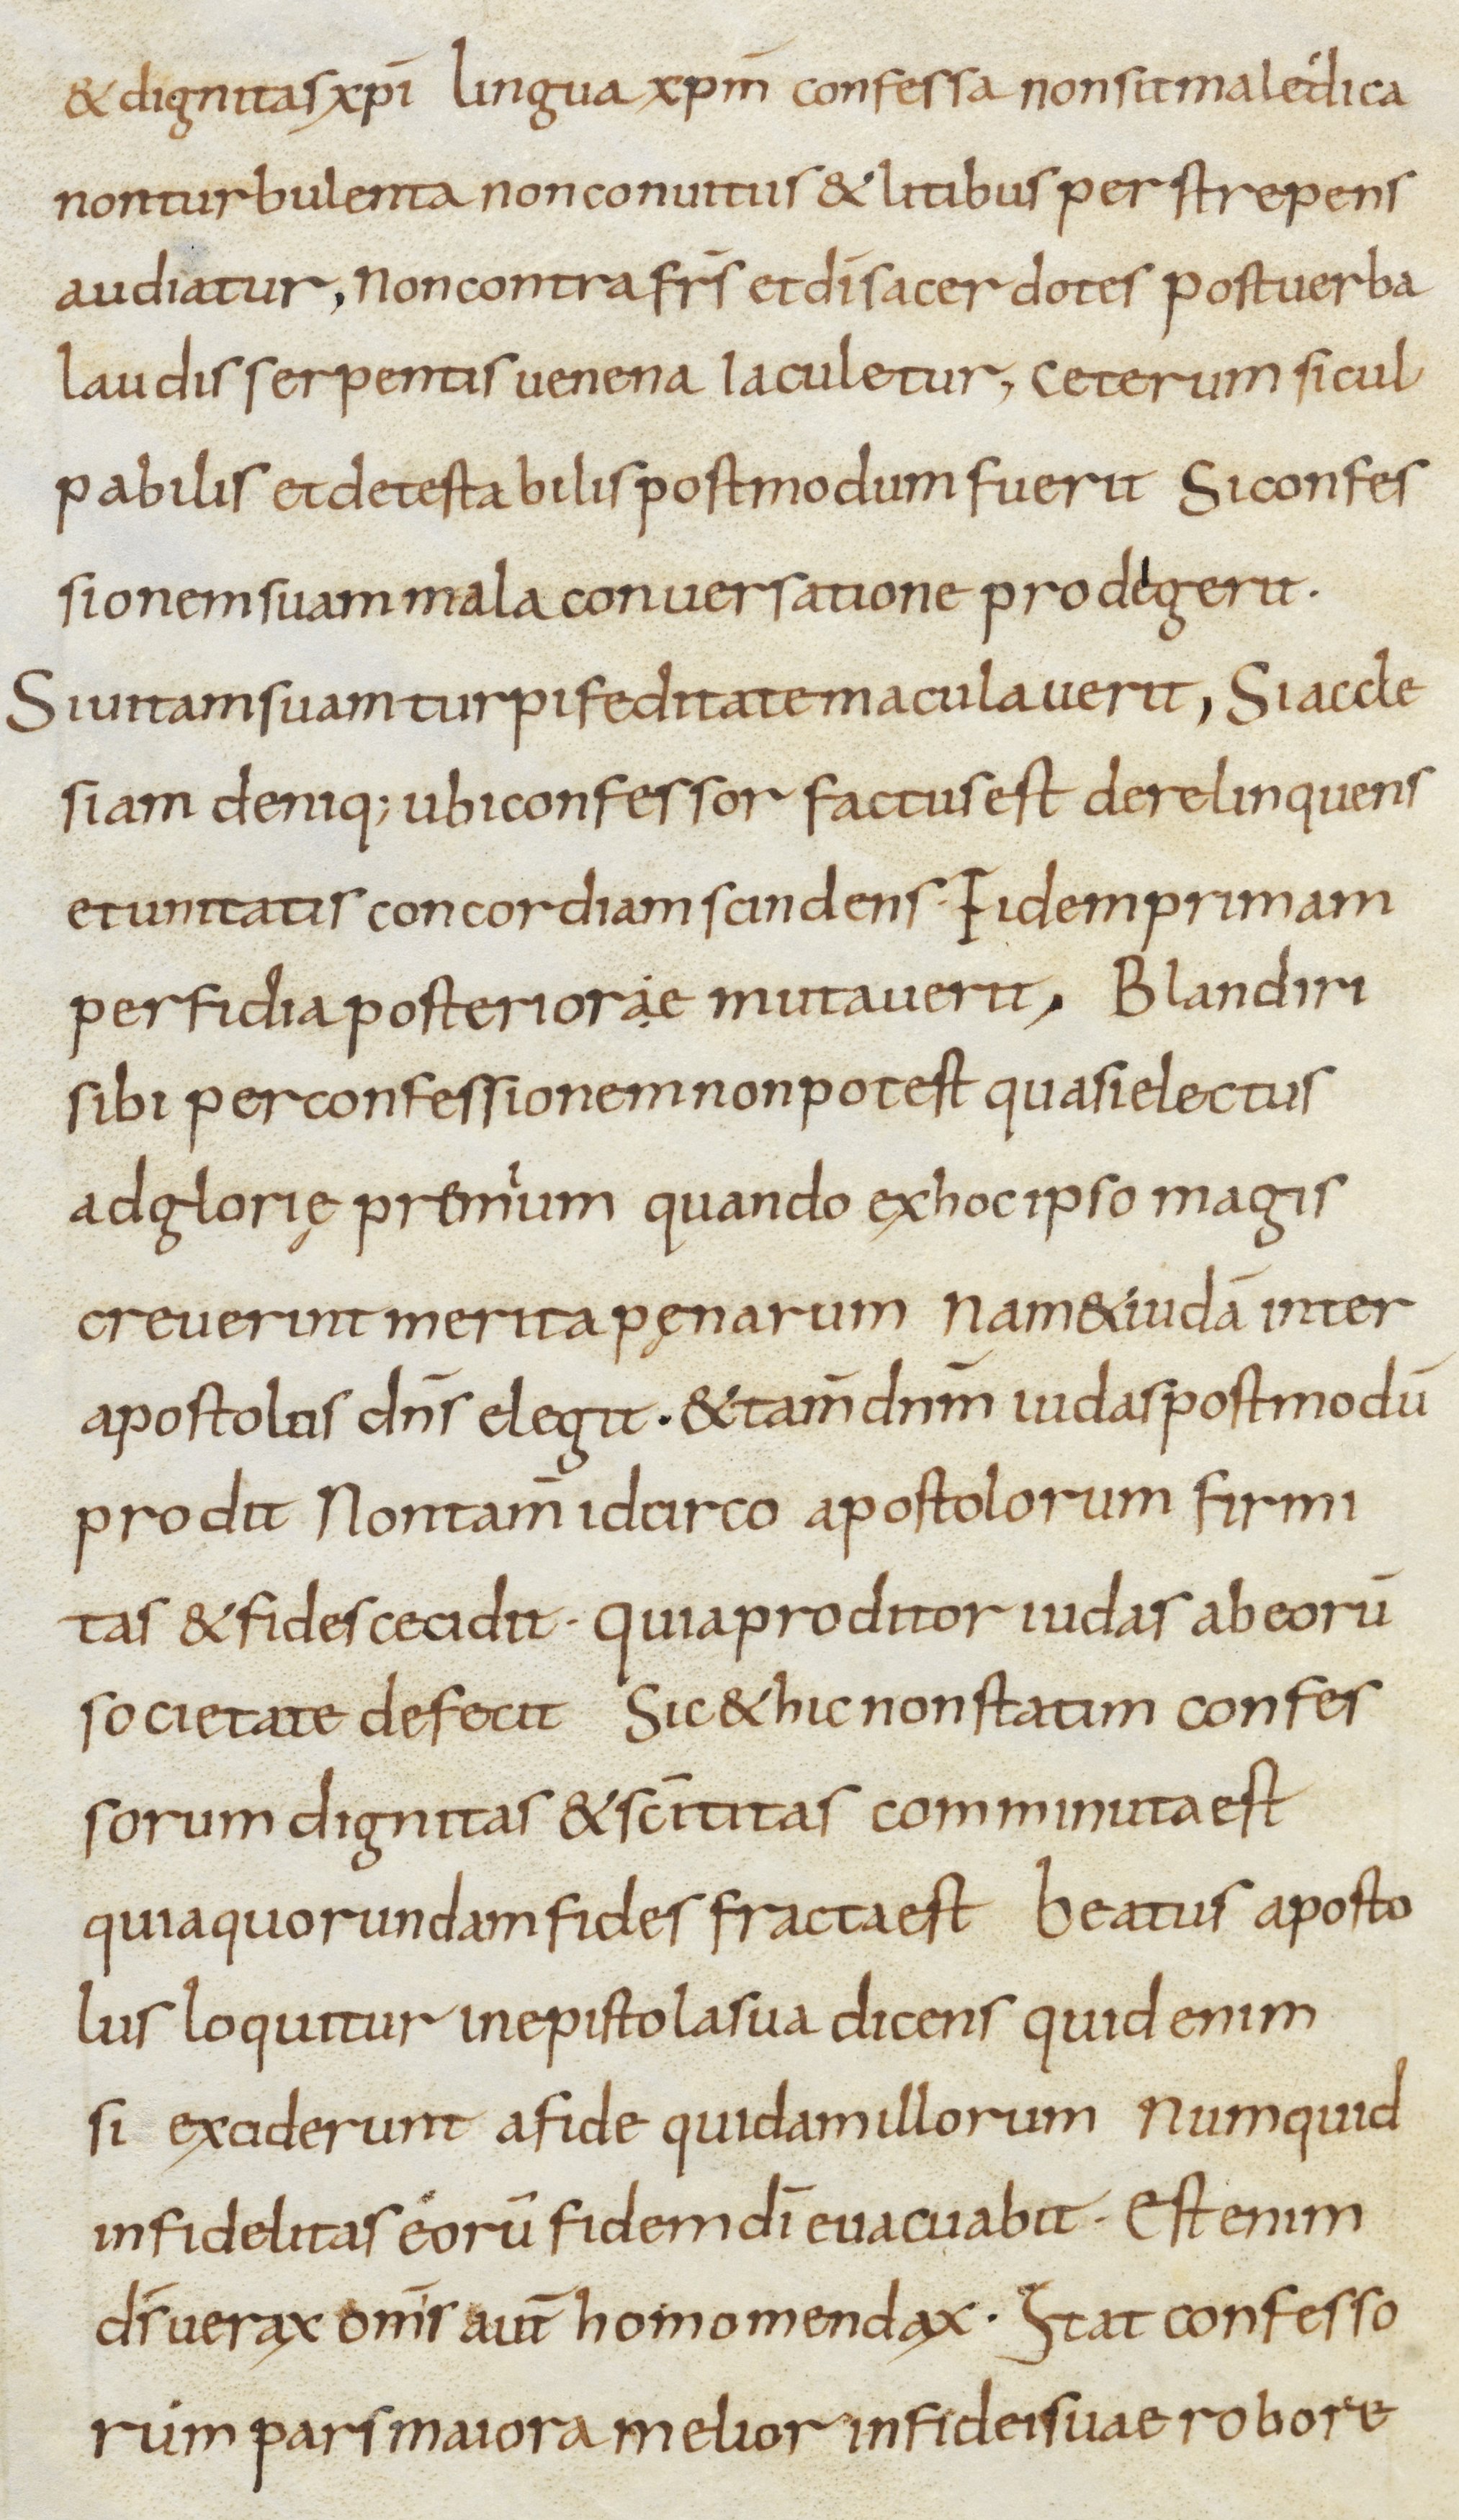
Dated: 800–899